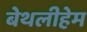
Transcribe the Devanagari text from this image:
बेथलीहेम